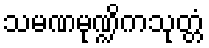
သမဏမုဏ္ဍိကသုတ္တံ